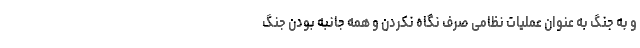
و به جنگ به عنوان عملیات نظامی صرف نگاه نکردن و همه جانبه بودن جنگ